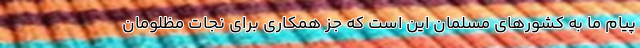
پیام ما به کشورهای مسلمان این است که جز همکاری برای نجات مظلومان